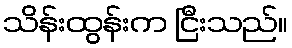
သိန်းထွန်းက ငြီးသည်။